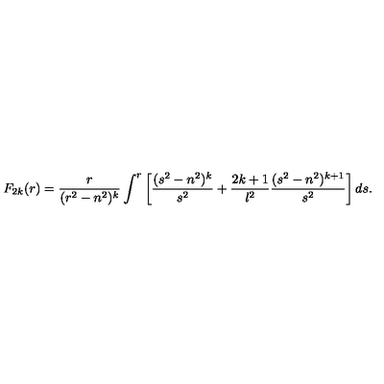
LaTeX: F _ { 2 k } ( r ) = { \frac { r } { ( r ^ { 2 } - n ^ { 2 } ) ^ { k } } } \int ^ { r } \left[ { \frac { ( s ^ { 2 } - n ^ { 2 } ) ^ { k } } { s ^ { 2 } } } + { \frac { 2 k + 1 } { l ^ { 2 } } } { \frac { ( s ^ { 2 } - n ^ { 2 } ) ^ { k + 1 } } { s ^ { 2 } } } \right] d s .